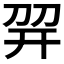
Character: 𢆙